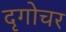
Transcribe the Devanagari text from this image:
दृगोचर